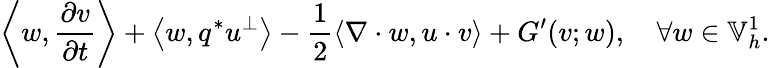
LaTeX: \left\langle w,\frac{\partial v}{\partial t}\right\rangle+\left\langle w,q^{*}u^{\perp}\right\rangle-\frac{1}{2}\left\langle\nabla\cdot w,u\cdot v\right\rangle+G^{\prime}(v;w),\quad\forall w\in\mathbb{V}_{h}^{1}.